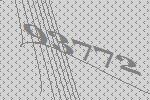
93772